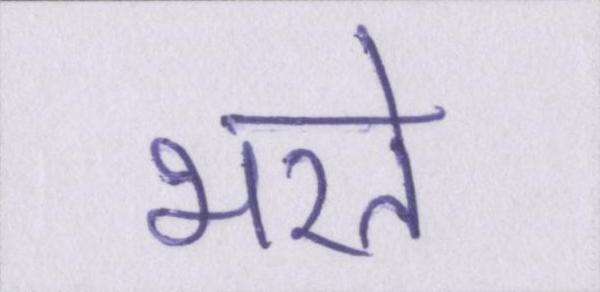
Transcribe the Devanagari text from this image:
भरते